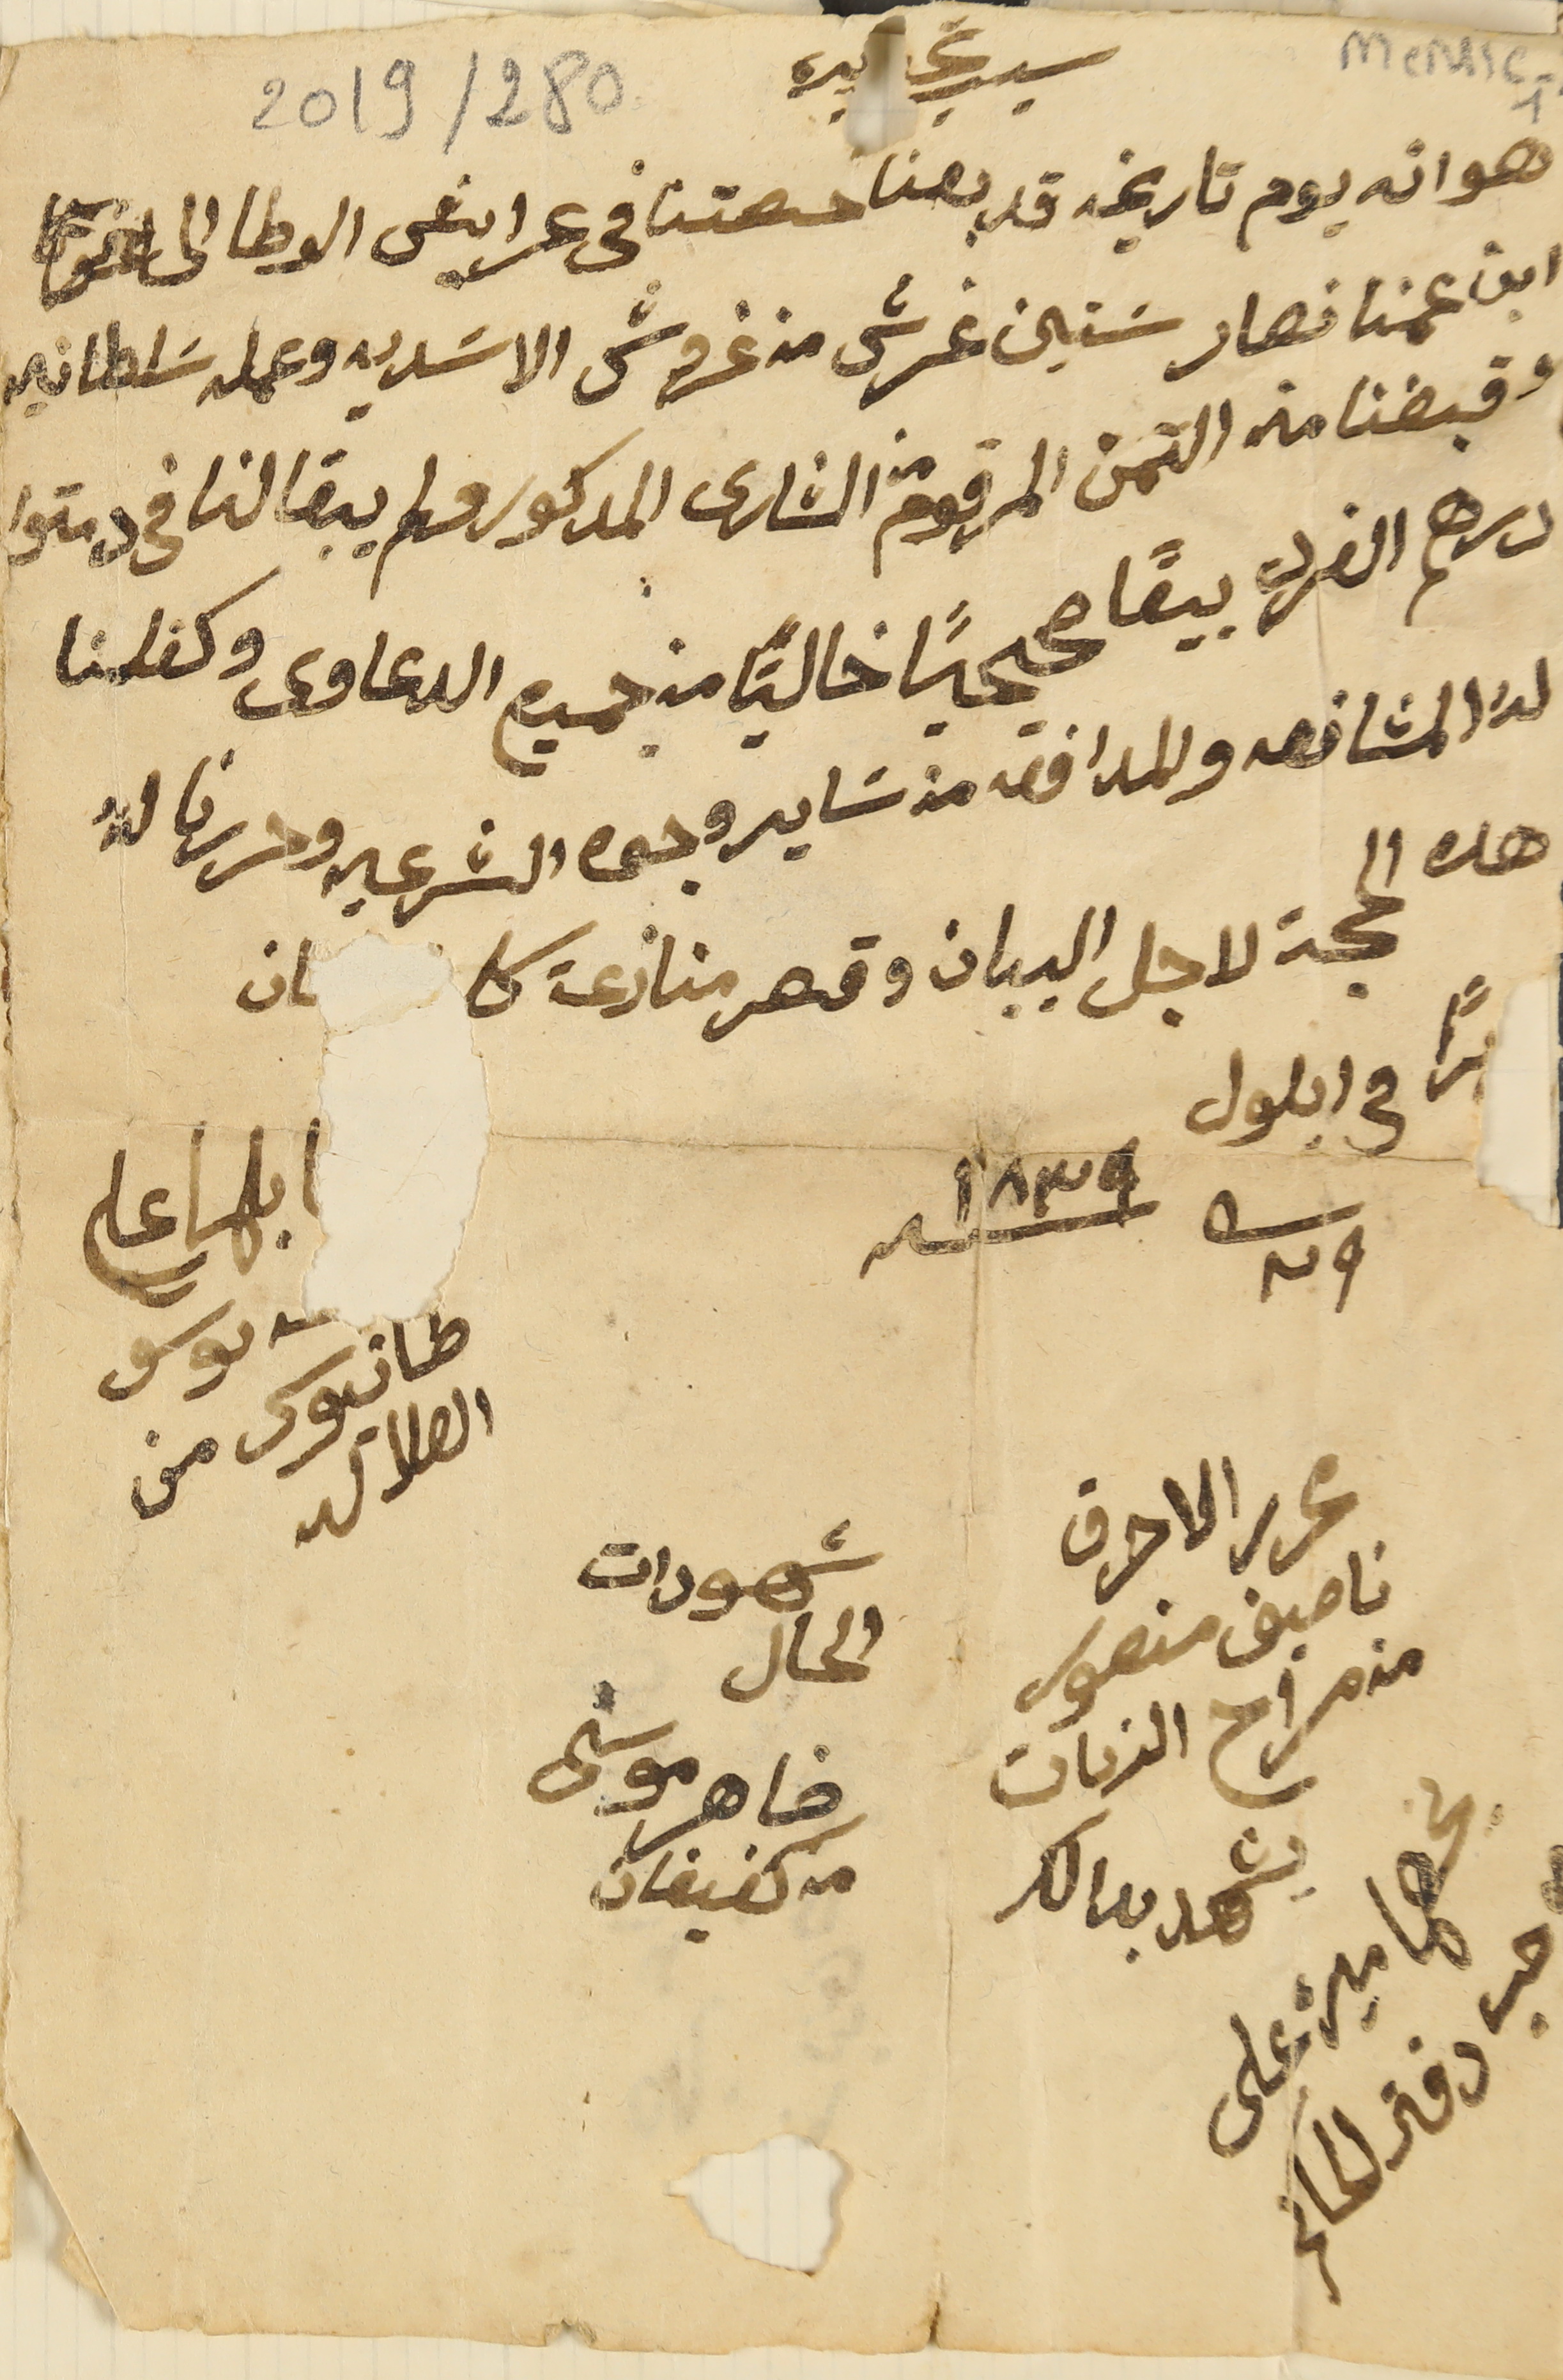
سبب تحريره
 هو انه يوم تاريخه قد بعنا حصتنا فى عرايش الوطا الى
 ابن عمنا نصار سَتين غرش من غروش الاسَديه وعمله سَلطانيه
 وقبضنا منه الثمن المرقوم من الشارى المدكور فلم يبقا لنا في دمتوا
 درهم الفرد بيعًا صححيًا خاليًا من جميع الدعاوى وكفلنا
 هده الحجة لاجل البيان وقصر منازعة كا     ىان
يراً فى ايلول ٢٩ منه سنه ١٨٣٩
لهُ المشافعه والمدافعة من سَاير وجوه الشرعيه وحررنا لهُ
ىوسف طانيوس من الهلاليه
شهودات الحال
محرر الاحرف ناصيف منصور
من مراح الزيات
ضاهر موسَى من كفيفان
280 /2019
MeM1C-1
يشهد بدالك يخصها ميره على دفتر الحاكم